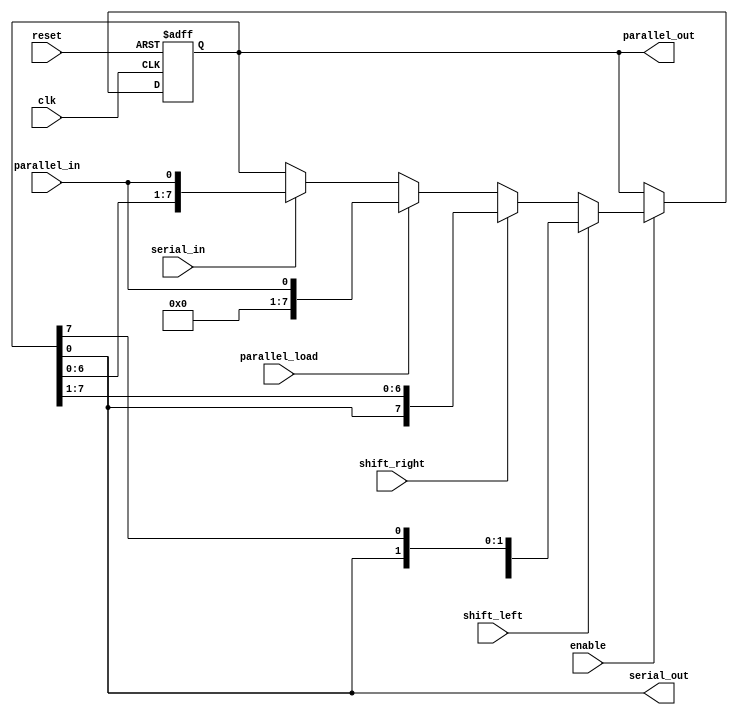
module UniversalShiftRegister (
  input wire clk,
  input wire reset,
  input wire shift_left,
  input wire shift_right,
  input wire parallel_load,
  input wire serial_in,
  input wire parallel_in,
  input wire enable,
  output reg serial_out,
  output reg [7:0] parallel_out
);

reg [7:0] shift_reg;

always @(posedge clk or posedge reset) begin
  if (reset) begin
    shift_reg <= 8'b0;
  end else if (enable) begin
    if (shift_left) begin
      shift_reg <= {shift_reg[6:0], shift_reg[7]};
    end else if (shift_right) begin
      shift_reg <= {shift_reg[0], shift_reg[7:1]};
    end else if (parallel_load) begin
      shift_reg <= parallel_in;
    end else if (serial_in) begin
      shift_reg <= {shift_reg[6:0], parallel_in[0]};
    end
  end
end

assign serial_out = shift_reg[0];
assign parallel_out = shift_reg;

endmodule